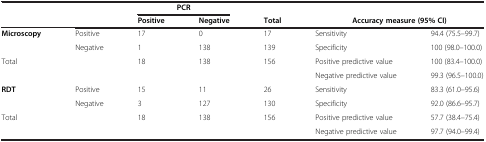
|  |  | <COLSPAN=2> PCR |  |  |  |
 |  |  | Positive | Negative | Total | <COLSPAN=2> Accuracy measure (95% CI) |
 | --- | --- | --- | --- | --- | --- | --- |
 | Microscopy | Positive | 17 | 0 | 17 | Sensitivity | 94.4 (75.5–99.7) |
 |  | Negative | 1 | 138 | 139 | Specificity | 100 (98.0–100.0) |
 | Total |  | 18 | 138 | 156 | Positive predictive value | 100 (83.4–100.0) |
 |  |  |  |  |  | Negative predictive value | 99.3 (96.5–100.0) |
 | RDT | Positive | 15 | 11 | 26 | Sensitivity | 83.3 (61.0–95.6) |
 |  | Negative | 3 | 127 | 130 | Specificity | 92.0 (86.6–95.7) |
 | Total |  | 18 | 138 | 156 | Positive predictive value | 57.7 (38.4–75.4) |
 |  |  |  |  |  | Negative predictive value | 97.7 (94.0–99.4) |